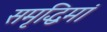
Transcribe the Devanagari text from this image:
समृद्धिमां